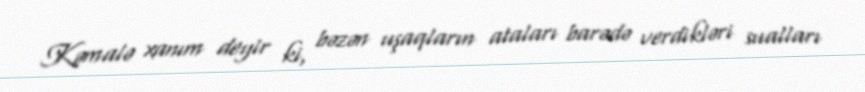
Kəmalə xanım deyir ki, bəzən uşaqların ataları barədə verdikləri sualları